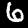
Label: 6